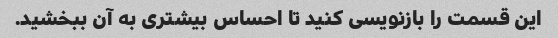
این قسمت را بازنویسی کنید تا احساس بیشتری به آن ببخشید.